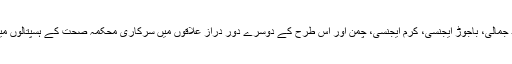
پاکستان میں یہ ادارہ ہنگو، کوئٹہ، ڈیرہ مراد جمالی، باجوڑ ایجنسی، کُرم ایجنسی، چمن اور اس طرح کے دوسرے دور دراز علاقوں میں سرکاری محکمہ صحت کے ہسپتالوں میں علاج معالجے کی خدمات فراہم کرتا ہے۔